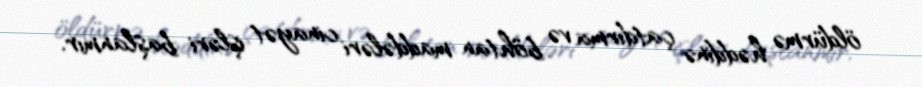
öldürmə həddinə çatdırma və böhtan maddələri cinayət işləri başlanmır.